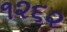
૧૨૬૨